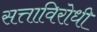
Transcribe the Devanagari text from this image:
सत्ताविरोधी